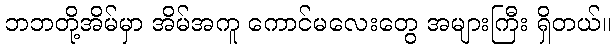
ဘဘတို့အိမ်မှာ အိမ်အကူ ကောင်မလေးတွေ အများကြီး ရှိတယ်။